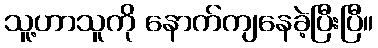
သူ့ဟာသူကို နောက်ကျနေခဲ့ပြီးပြီ။